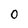
Character: 0